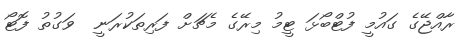
ރާއްޖޭގެ ގައުމީ ފުޓްބޯޅަ ޓީމު މިރޭގެ މެޗަށް ފަރިތަކުރަނީ  ވަގުތު ފޮޓޯ